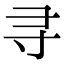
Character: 寻